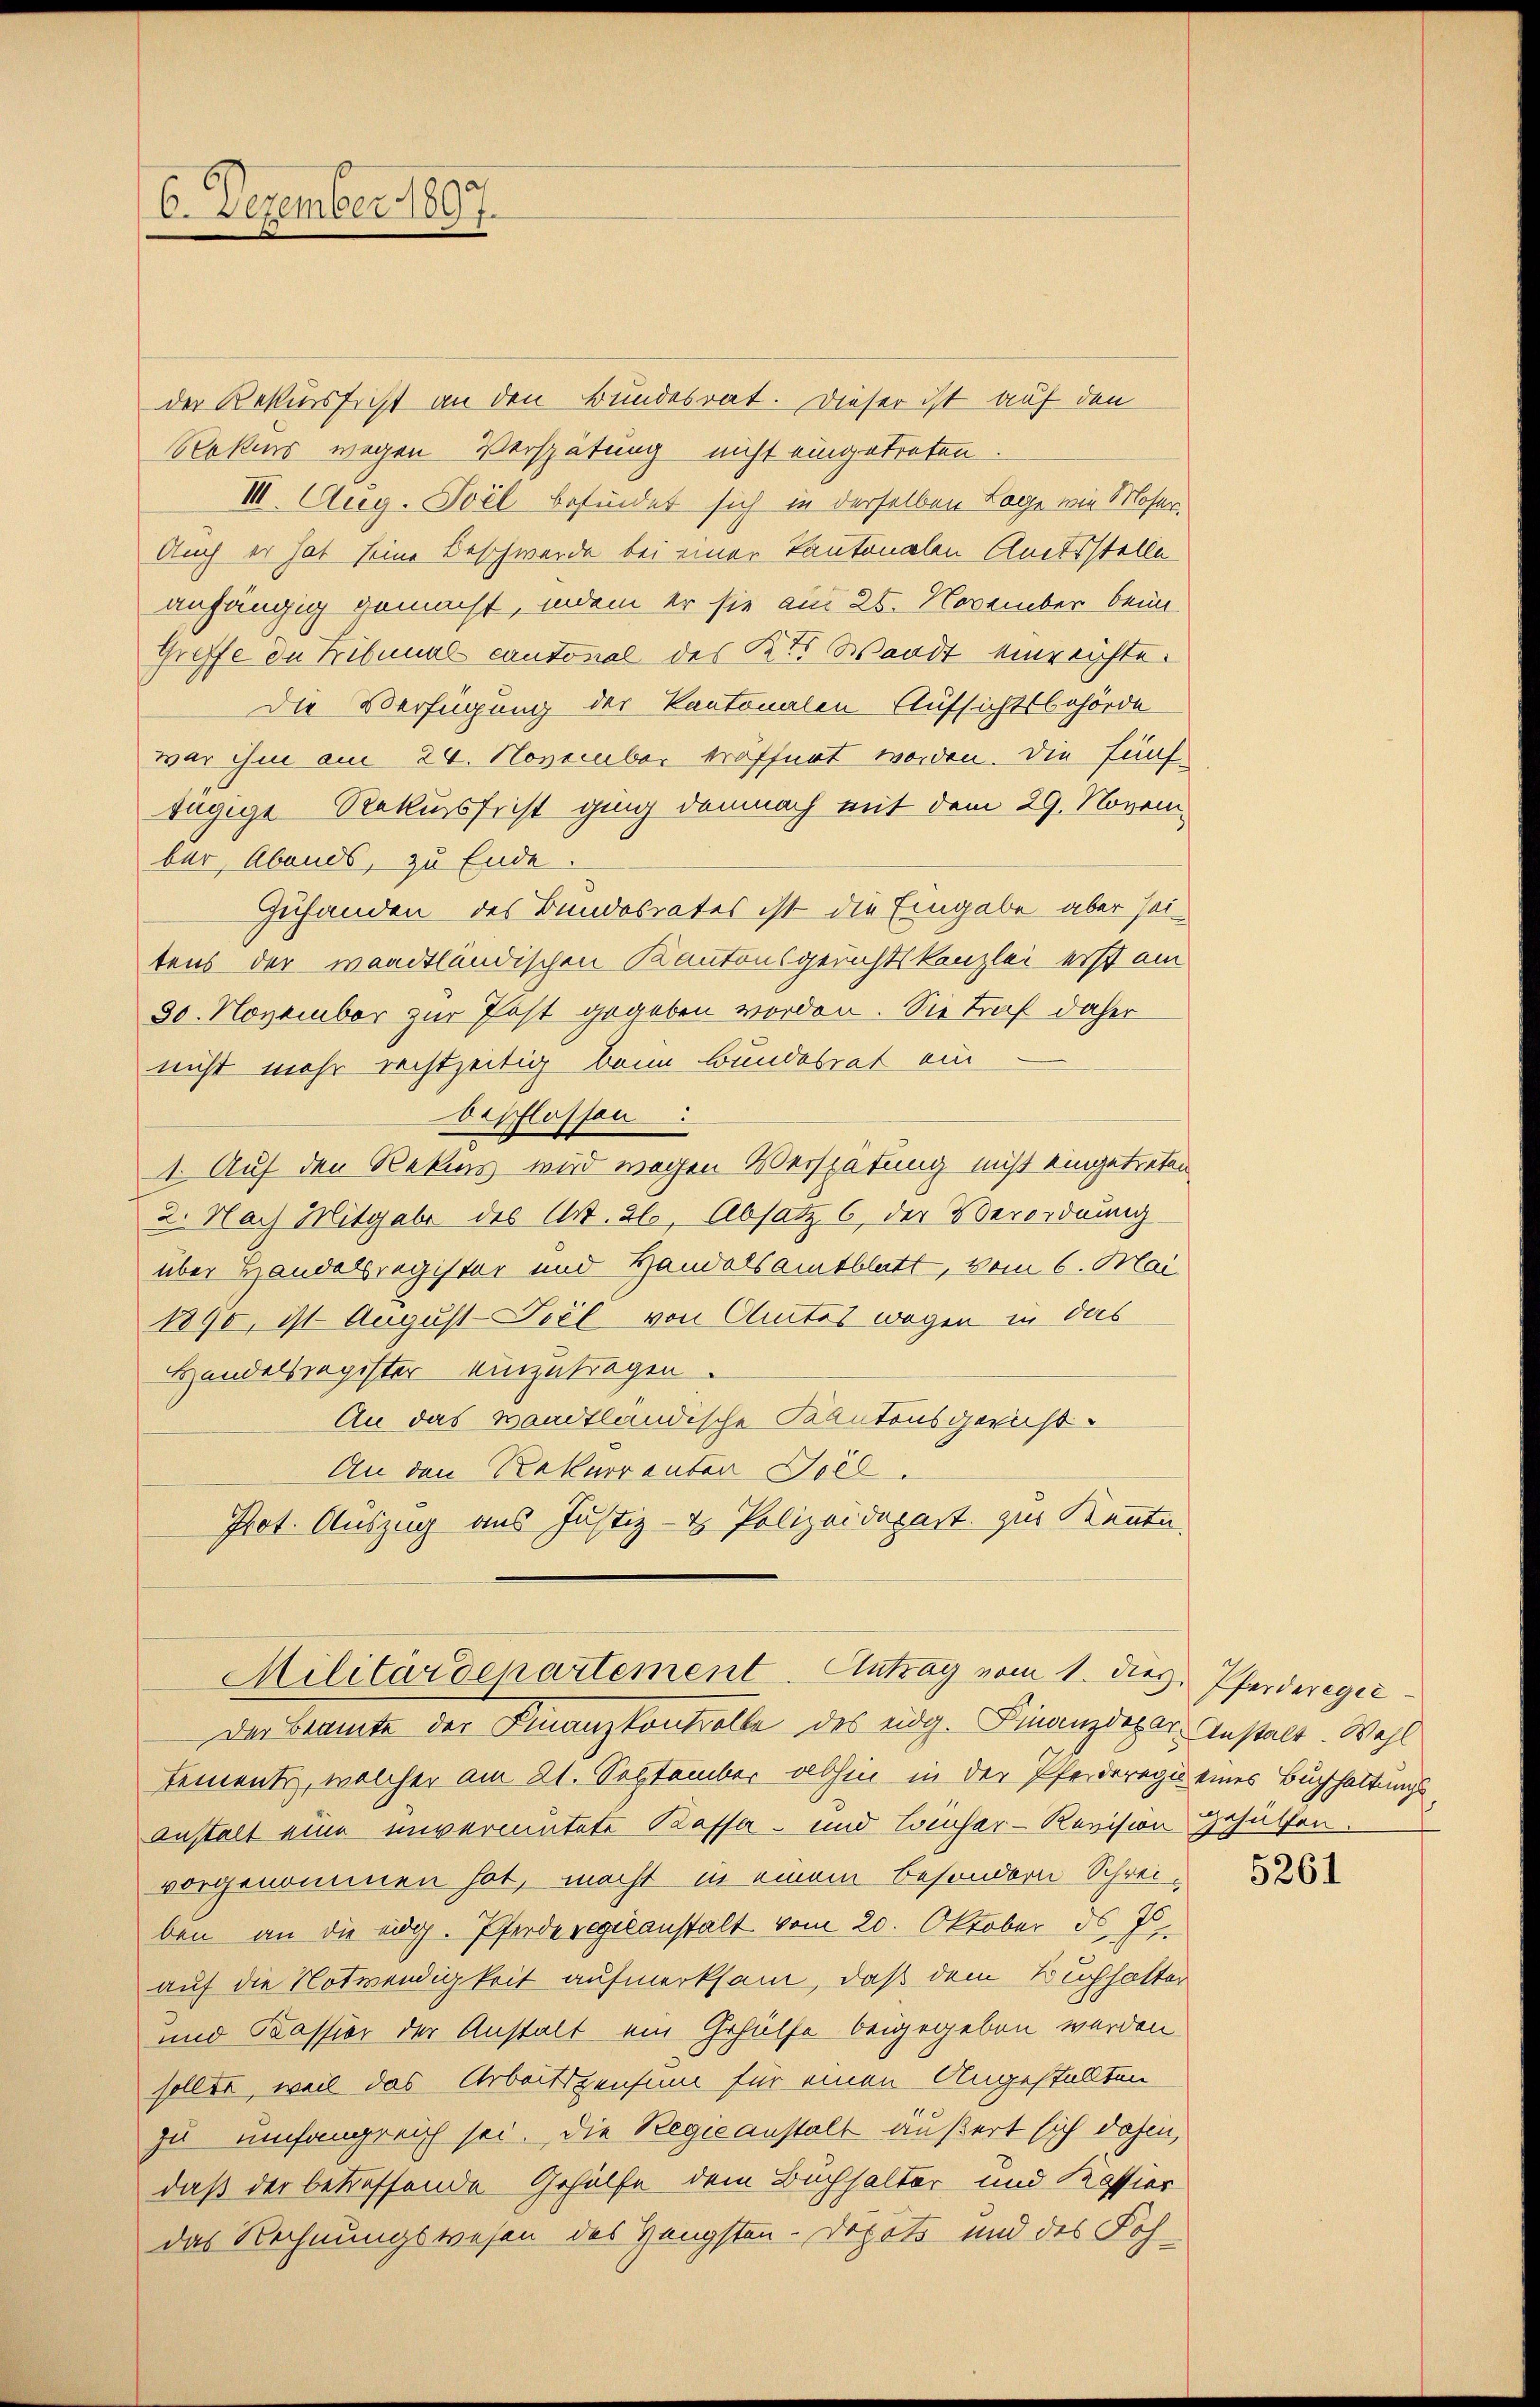
6. Dezember 1897.

der Rekurssicht an den Bundesrat. Dieser ist auf den
Rokes wegen Verspätung nicht eingetreten.
III. Aug. Poel befindet sich in derselben Lage wie Moser.
Auch er hat seine Beschwerde bei einer Kantonalen Amtsstelle
anhängig gemacht, indem er sie am 25. November beim
Greffe de Kibunal cantonal des Kt. Waadt einreichte.
Die Verfügung der Kantonalen Aufsichtsbehörde
war ihm am 24. November eröffnet worden. Die fünf
äugige Rekursfrist ging demnach mit dem 29. November, Abends, zu Ende
Zuhanden des Bundesrates ist die Eingabe aber seitens der waadtländischen Kantonsgerichtskanzlei erst am
30. November zur Post gegeben worden. Sie traf daher
nicht mehr rechtzeitig beim Bundesrat ein
beschlossen:
1. Auf den Rekurs wird wegen Verspätung nicht eingetreten.
2. Nach Mitgabe des Art. 2, Absatz 6, der Verordnung
über Handelsregister und Handelsamtblatt, vom 6. Mai
1890, ist August Ziel von Autos wegen in das
Handelsregister einzutragen.
An das waadtländische Kantonsgericht.
An den Rekurrenter Toll
Prot. Auszug aus Justiz- & Polizeidepart zur Kenntn

Der Beamte der Finanzkontrolle des eidg. Finanzdepar Anstalt. Wahl
Dements, welcher am 21. September abhin in der Pferderegie eines Buchhaltungs¬
Anstalt eine unvermutete Kassa- und Loinhar-Revision gehülfen
vorgenommen hat, macht in einem besondern Schrei-
ben an die eidg. Pferde regilanstalt vom 20. Oktober ds J.
auf die Notwendigkeit aufmerksam, daß dem Buchhalter
und Kassion der Anstalt ein Gehülfe beigegeben werden
sollte, weil das Arbeitszensum für einen Angestellten
zu umfangreich sei. Die Regieanstalt äußert sich dahin,
daß der betreffende Gehülfe dem Buchhalter und Kassier
das Rechnungswesen des Hengsten-Depots und des Foh¬

Militärdepartement. Antrag vom 1. des Pferderegie

5261